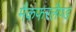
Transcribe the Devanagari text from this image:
मैकफरलैण्ड